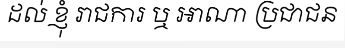
ដល់ ខ្ញុំ រាជការ ឬ អាណា ប្រជាជន